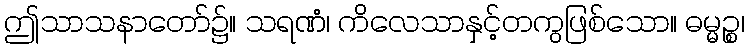
ဤသာသနာတော်၌။ သရဏံ၊ ကိလေသာနှင့်တကွဖြစ်သော။ ဓမ္မဉ္စ၊